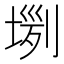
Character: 𡎗